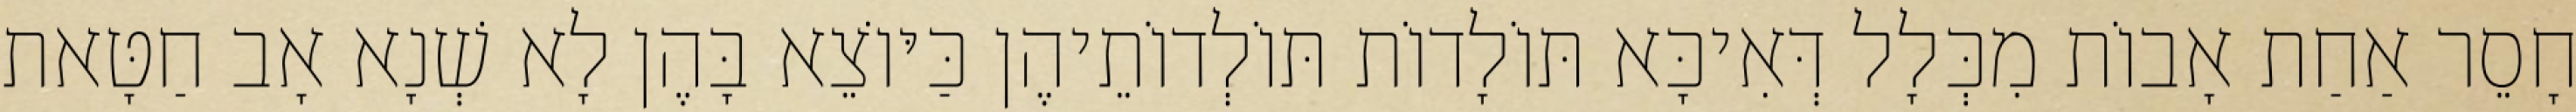
חָסֵר אַחַת אָבוֹת מִכְּלָל דְּאִיכָּא תּוֹלָדוֹת תּוֹלְדוֹתֵיהֶן כַּיּוֹצֵא בָּהֶן לָא שְׁנָא אָב חַטָּאת